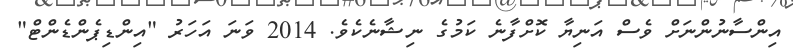
އިންސާނުންނަށް ވެސް އަނިޔާ ކޮށްފާނެ ކަމުގެ ނިޝާނެކެވެ. 2014 ވަނަ އަހަރު "އިންޑިޕެންޑެންޓް"